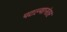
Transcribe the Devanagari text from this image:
पटल्यानंतर